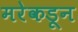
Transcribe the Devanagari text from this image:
मरेकडून